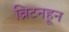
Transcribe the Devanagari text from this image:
ब्रिटनहून